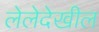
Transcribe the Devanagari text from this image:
लेलेदेखील